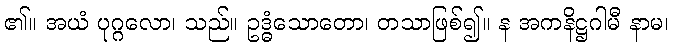
၏။ အယံ ပုဂ္ဂလော၊ သည်။ ဥဒ္ဓံသောတော၊ တသာဖြစ်၍။ န အကနိဋ္ဌဂါမီ နာမ၊